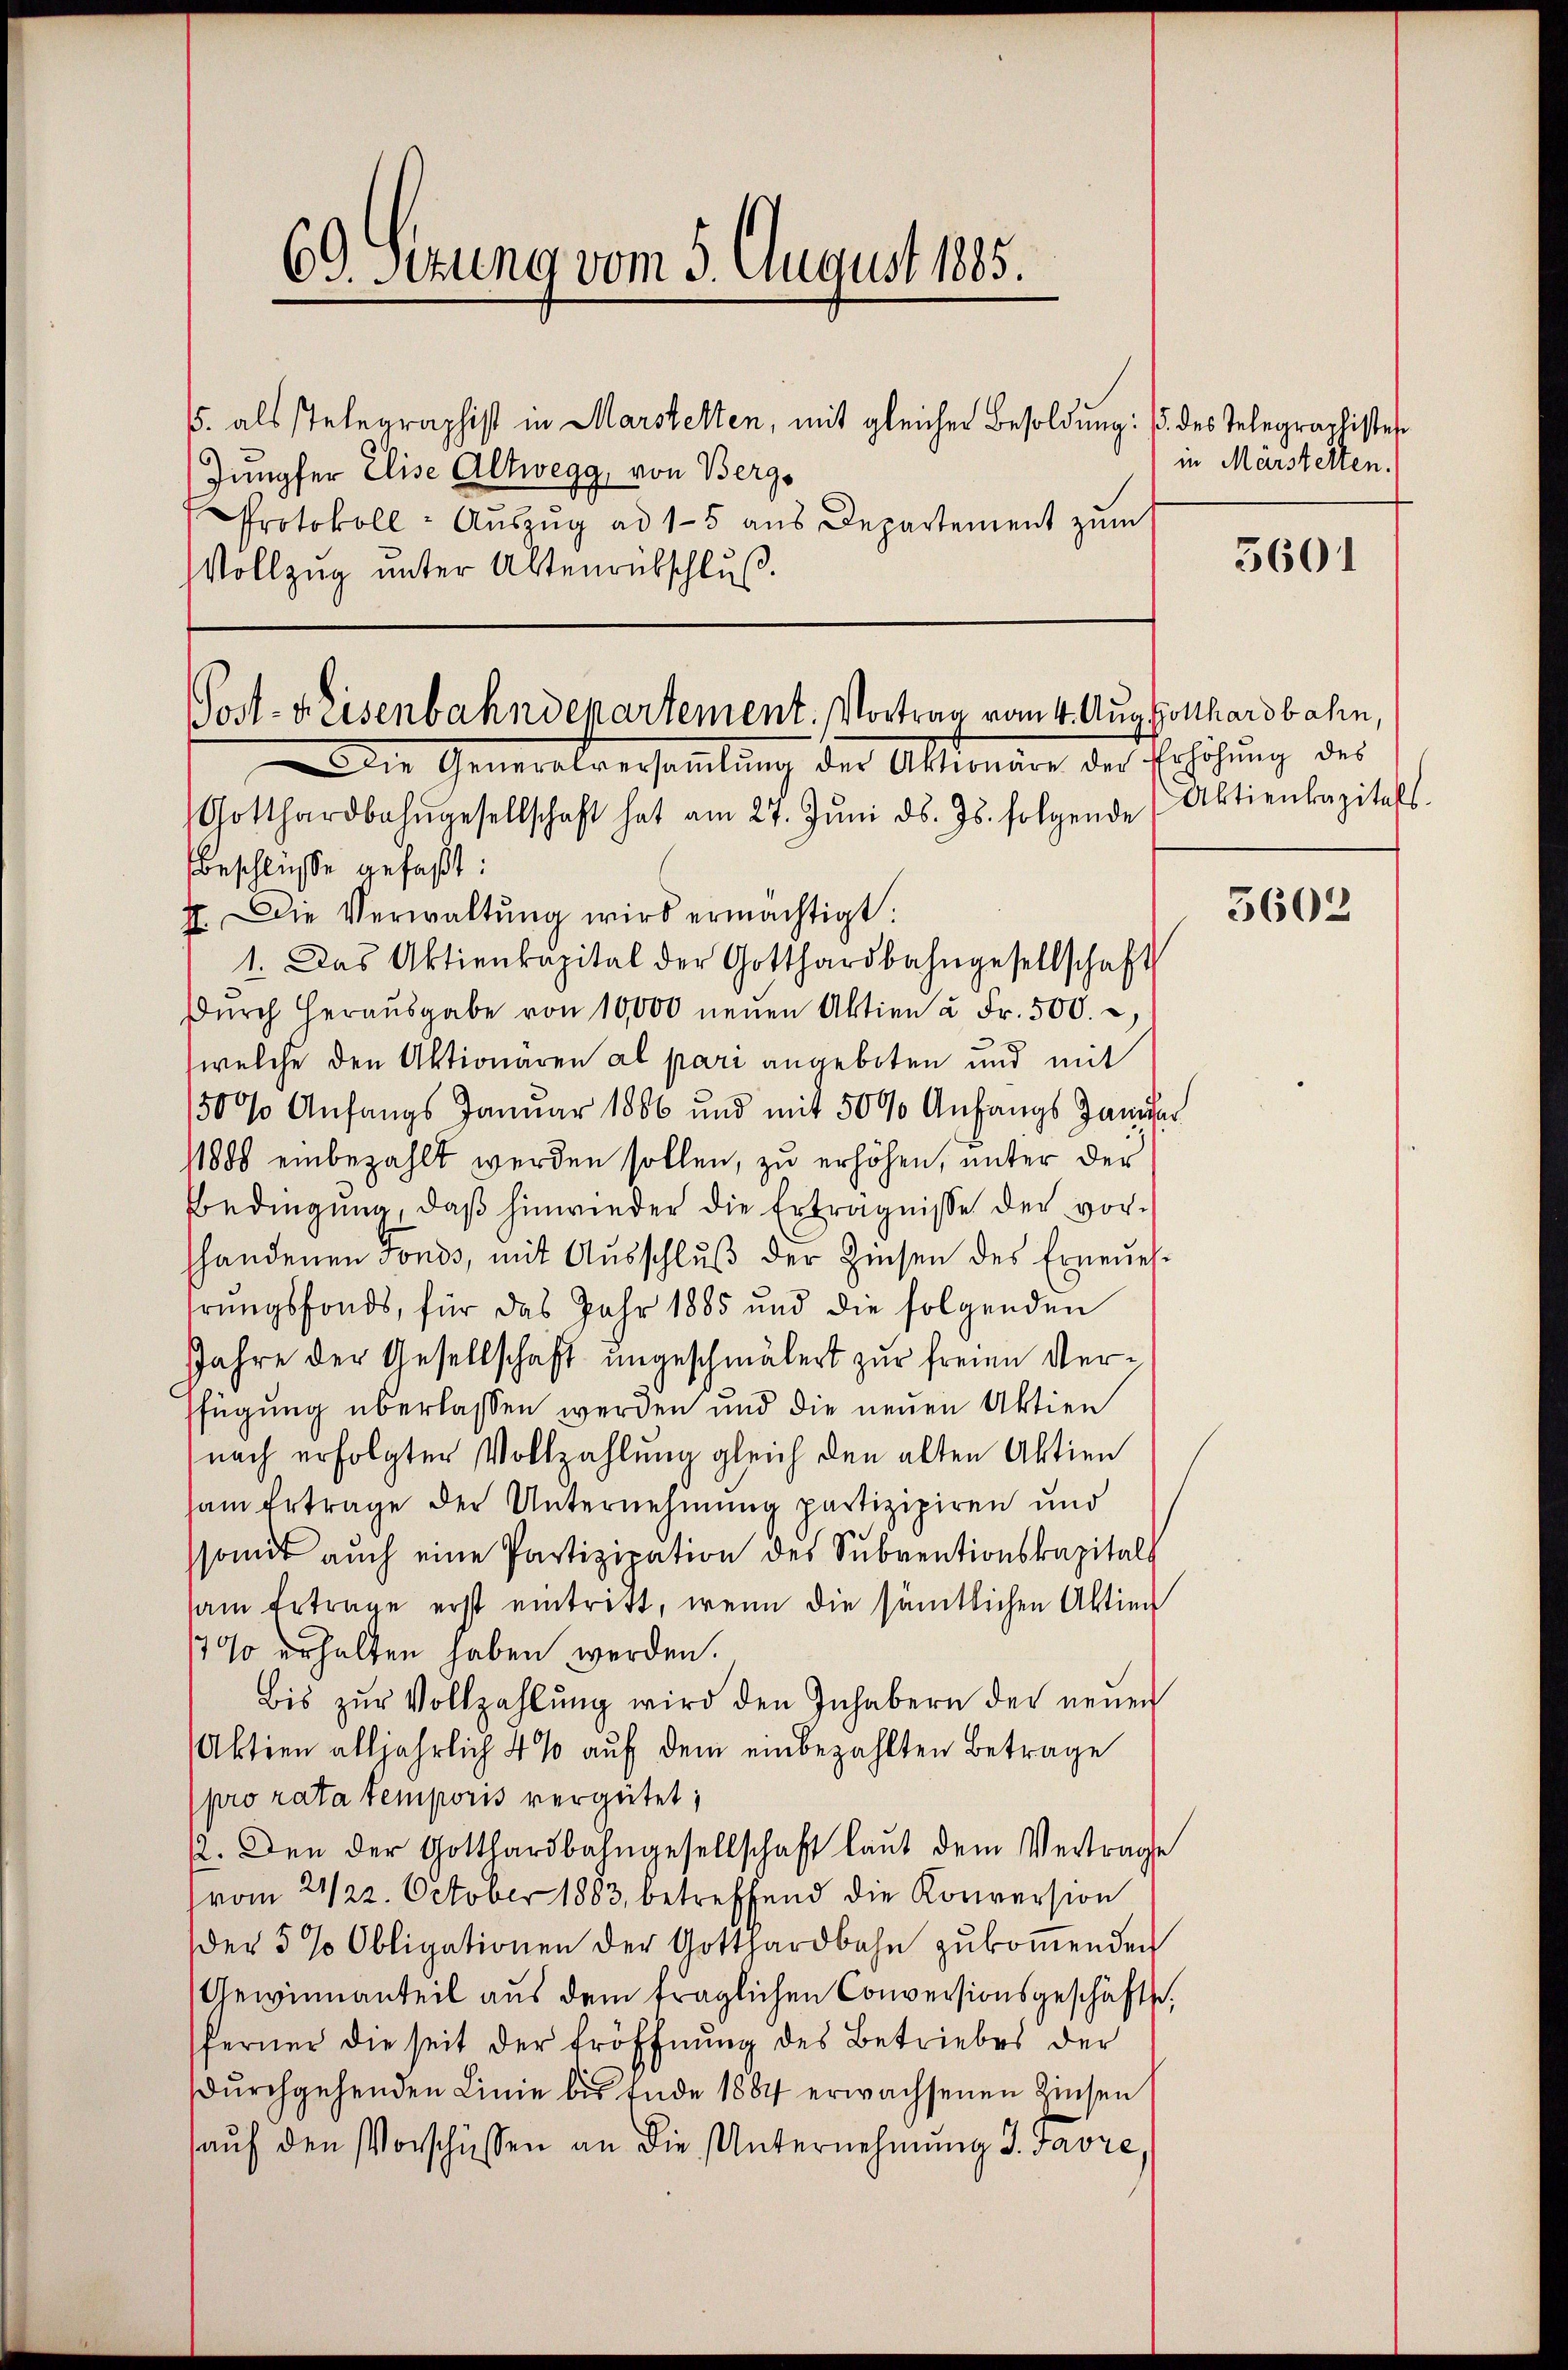
69. Sitzung vom 5. August 1885.

5. als Telegraphist in Marstelten, mit gleicher Besoldung: 1. des Telegraphistes
Jungfer Elise Altwegg, von Berg¬
Protokoll- Aŭszŭg ad 15 aus Departement zum
Vollzug unter Altenrübschluß.

Post-Keisenbahndepartement. Vortrag vom 4. Aug. Gotthardbahn,

in Märstelten.

die Generalversaṁlŭng der Alteräre der Erhöhŭng des
Gotthardbahngesellschaft hat am 27. Jŭni d. Js. folgende (Aktienkapitals.
Beschlusse gefaßt:
II. Die Verwaltŭng wird ermächtigt:
1. Das Aktienkapital der Gotthardbahngesellschaft
Dŭrch Heraŭsgabe von 10,000 neuen Aktien u. Fr. 500.
(welche den Aktionären al pari angeboten und mit
150% Anfangs Januar 1866 und mit 5000 Anfangs Hander
11808 einbezahlt werden sollen, zu erhöhen, unter der
Bedingung, daß hinwieder die Erträgnisse der vorshandenen Fonds, mit Ausschlŭβ der Zinsen des Erneueshrungsfonds, für das Jahr 1885 und die folgenden
Jahre der Gesellschaft ungeschmälert zur freien Verfügung überlassen werden und die neuen Aktien
nach erfolgter Vollzahlung gleich den alten Aktien
sam Ertrage der Unternehmung partizipiren und
somit auch eine Partizipation des Subventionskapital
sam Ertrage erst eintritt, wenn die sämtlichen Aktien
1700 erhalten haben werden.
Bis zŭr Vollzahlŭng wird den Inhabern der neŭen
Aktien alljährlich 4 % auf dem einbezahlten Betrage
(pro rata temporis vergütet;
1. Den der Gotthardbahngesellschaft laut dem Vertrage
vom 21/22. October 1883, betreffend die Konversion
der 5 % Obligationen der Gotthardbahn zukom̅enden
Gewinnanteil aus dem fraglichen Conversionsgeschäfte,
ferner die seit der Eröffnung des Betriebes der
dŭrchgehenden Linie bis Ende 1884 erwachsenen Zinsen
aŭf den Vorschüssen an die Unternehmung 3. Javre

5601

3602